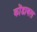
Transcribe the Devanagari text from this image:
कोंडाबल